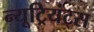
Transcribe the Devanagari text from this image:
न्यूट्रियंट्स